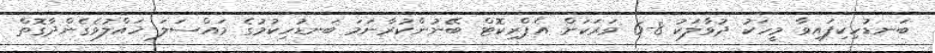
ބަނޑުހިކިފައިވާ މީހަކު ދުވާލަކު 8-6 ވަރަކަށް އެޕްރިކޮޓް ބޭނުންކުރާނަމަ ބަނޑުހިކުމުގެ މައްސަލަ ހައްލުވެގެންދާގޮތް